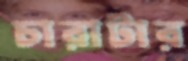
চারাটার